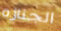
الجنازه